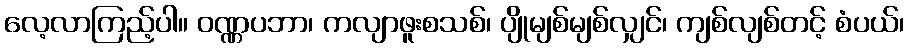
လေ့လာကြည့်ပါ။ ဝဏ္ဏပဘာ၊ ကလျာဖူးစသစ်၊ ပျိုမျစ်မျစ်လျှင်၊ ကျစ်လျစ်တင့် စံပယ်၊